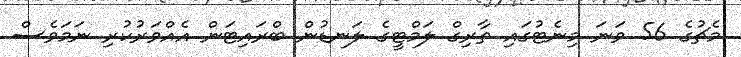
މެޗުގެ 56 ވަނަ މިނެޓުގައި ތާރިގް ލަމްޓީގެ ލަނޑުން ބްރައިޓަން އެއްވަރުކުރި ނަަމަވެސް